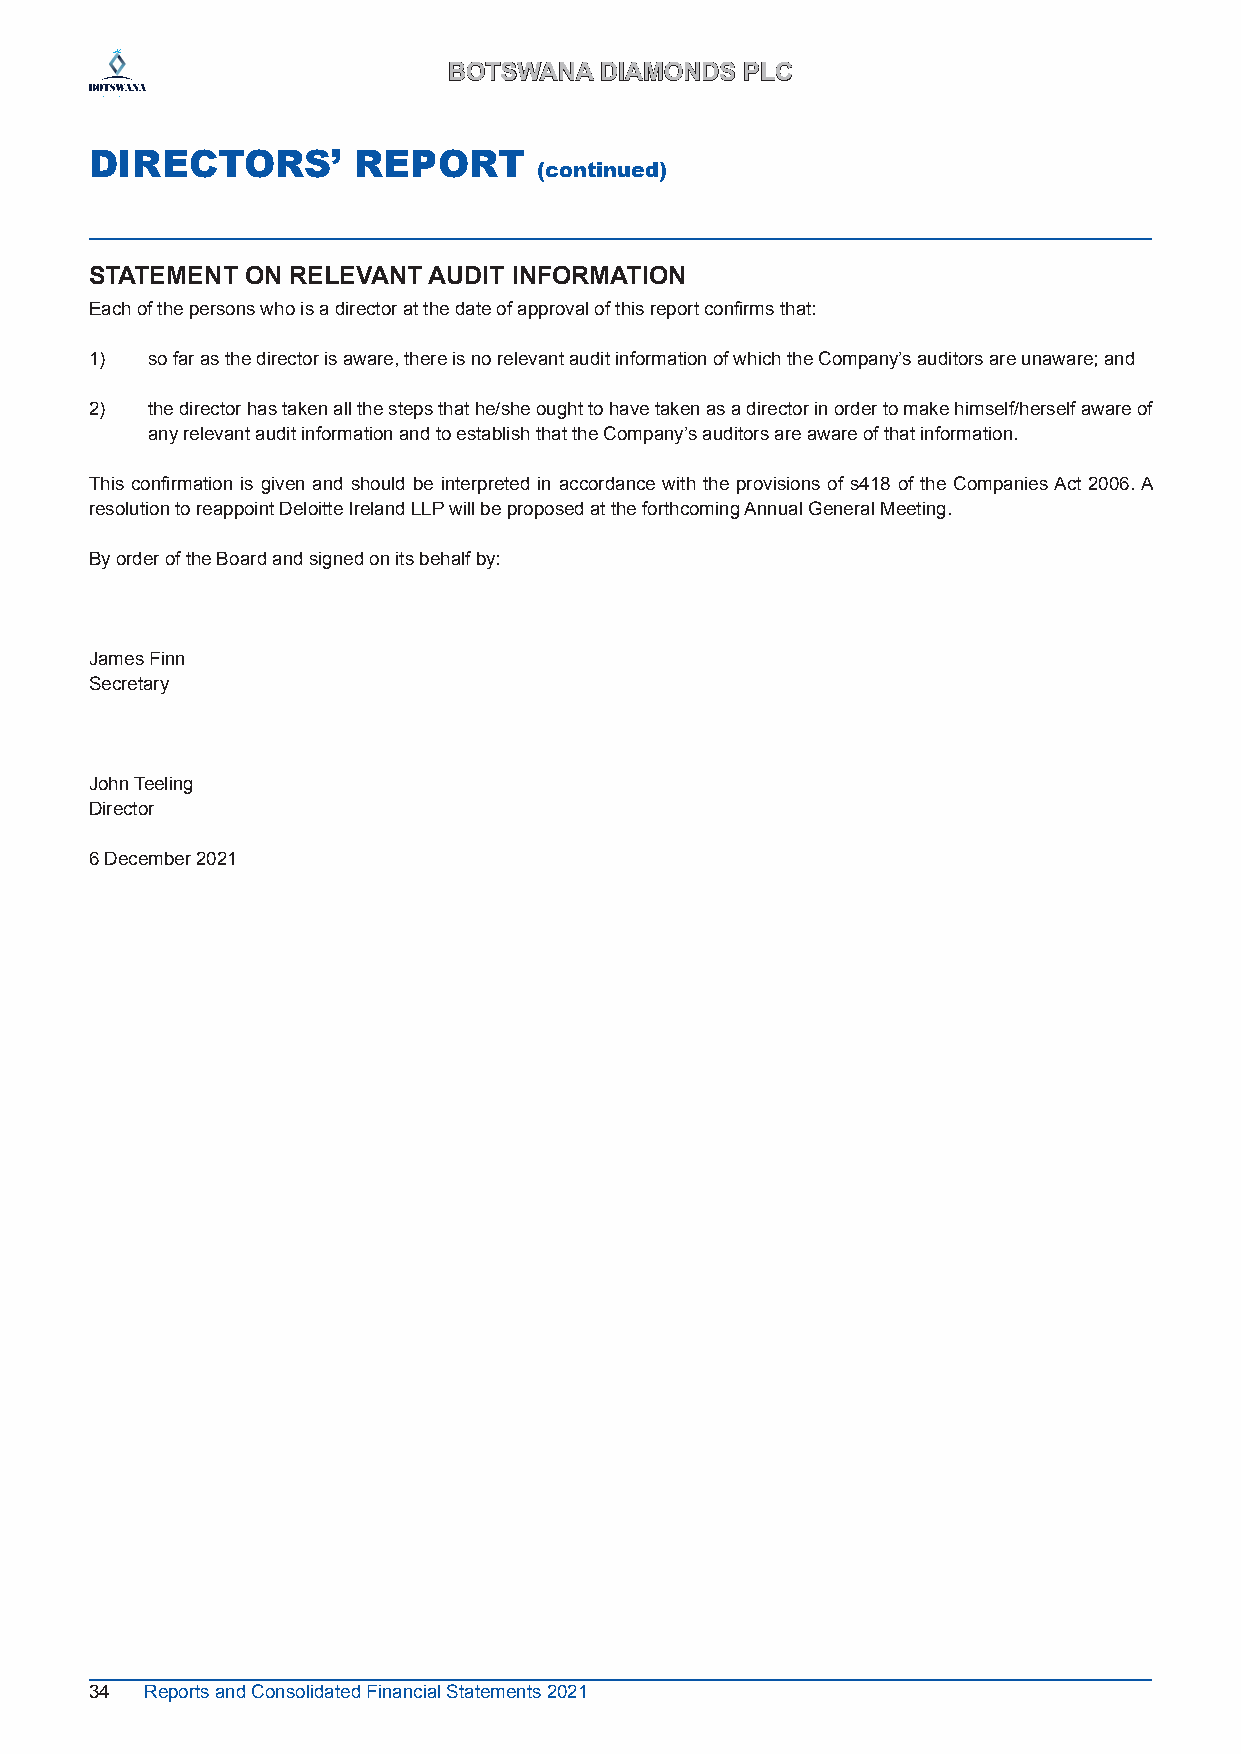
BBOOTTSSWWAANNAA DDIIAAMMOONNDDSS PPLLCC
 DIRECTORS’       REPORT
 (continued)
 STATEMENT ON RELEVANT AUDIT INFORMATION
 Each of the persons who is a director at the date of approval of this report confirms that:
 1)  so far as the director is aware, there is no relevant audit information of which the Company’s auditors are unaware; and
 2)  the director has taken all the steps that he/she ought to have taken as a director in order to make himself/herself aware of
 any relevant audit information and to establish that the Company’s auditors are aware of that information.
 This confirmation is given and should be interpreted in accordance with the provisions of s418 of the Companies Act 2006. A
 resolution to reappoint Deloitte Ireland LLP will be proposed at the forthcoming Annual General Meeting.
 By order of the Board and signed on its behalf by:
 James Finn
 Secretary
 John Teeling
 Director
 6 December 2021
 34  Reports and Consolidated Financial Statements 2021